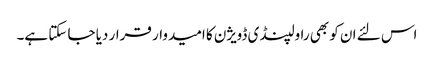
اس لئے ان کو بھی راولپنڈی ڈویژن کا امیدوار قرار دیا جا سکتا ہے۔